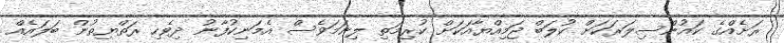
ރަށެއްގެ ކައުންސިލަރަކަށް ކުލަބް ޖަމިއްޔާއަކަށް ކުރިމަތި ލިނަމަވެސް އެމަނިކުފާނު ދިވެހި ރަތްޔިތުން ބަލައެއް